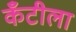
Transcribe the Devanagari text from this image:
कँटीला